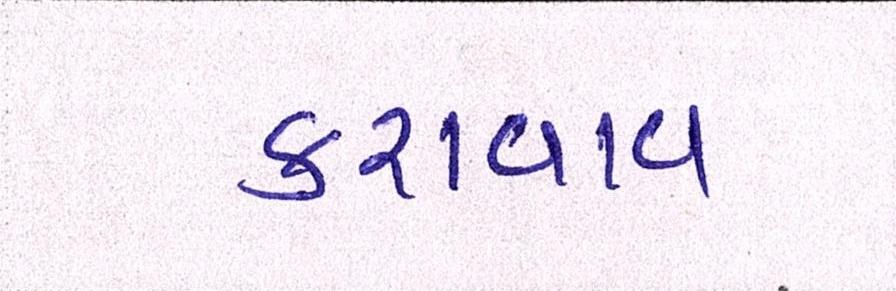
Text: કરાવાવ